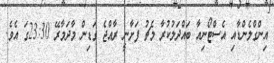
އިންގްލެންޑާއި އެސްޓޯނިއާ ބައްދަލުކުރާ މެޗު ފަށާނީ ރާއްޖެ ގަޑިން މާދަމާރޭ 23:30ގަ އެވެ.